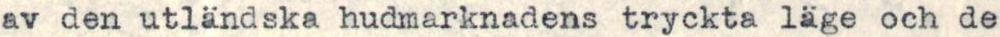
av den utländska hudmarknadens tryckta läge och de